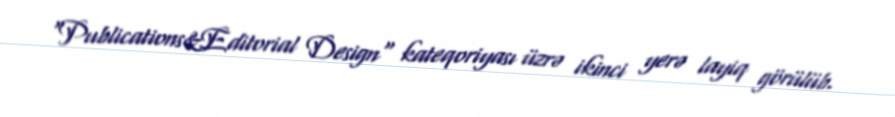
"Publications&Editorial Design" kateqoriyası üzrə ikinci yerə layiq görülüb.